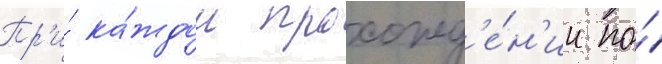
Пр'и́ ка́ждом прохожд'е́н'ии по́